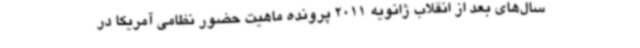
سال‌های بعد از انقلاب ژانویه 2011 پرونده ماهیت حضور نظامی آمریکا در